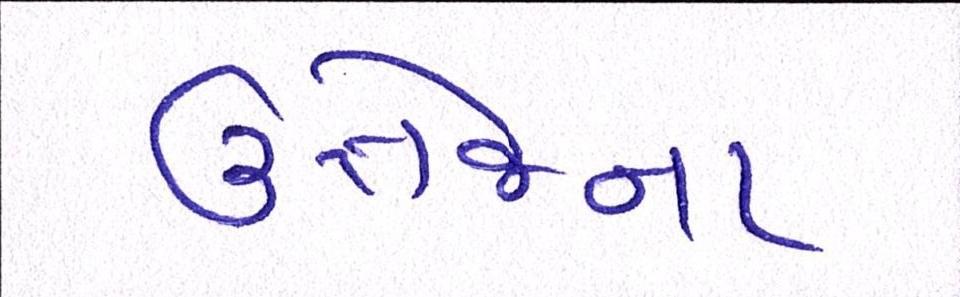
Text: ઉત્તેજના